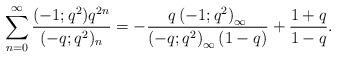
LaTeX: \begin{align*}\sum_{n=0}^\infty \frac{(-1;q^2)q^{2n}}{(-q;q^2)_n}&=-\frac{q\left(-1;q^2\right)_\infty}{\left(-q;q^2\right)_\infty(1-q)} + \frac{1+q}{1-q}.\end{align*}